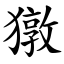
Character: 獤